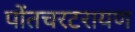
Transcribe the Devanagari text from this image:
पोंतचरटरायण